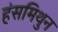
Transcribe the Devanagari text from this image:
हंसमिथुन